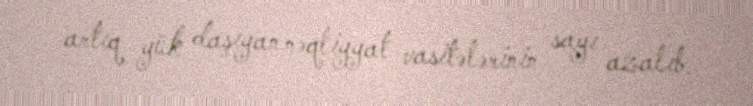
artıq yük daşıyan nəqliyyat vasitələrinin sayı azalıb.